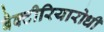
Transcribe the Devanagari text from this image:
बैक्टीरियारोधी